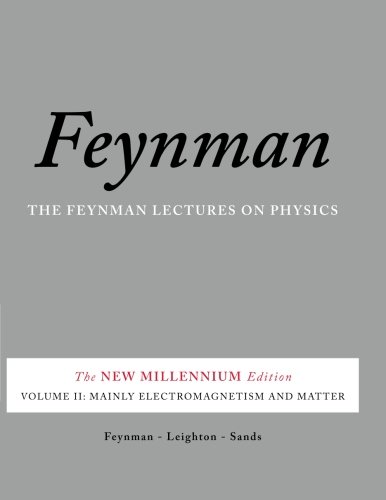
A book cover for The Feynman Lectures on Physics, Vol. II: The New Millennium Edition: Mainly Electromagnetism and Matter (Volume 2); Richard P. Feynman; Science & Math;